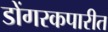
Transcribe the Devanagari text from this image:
डोंगरकपारीत